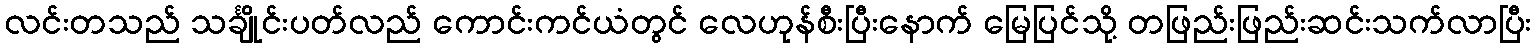
လင်းတသည် သင်္ချိုင်းပတ်လည် ကောင်းကင်ယံတွင် လေဟုန်စီးပြီးနောက် မြေပြင်သို့ တဖြည်းဖြည်းဆင်းသက်လာပြီး